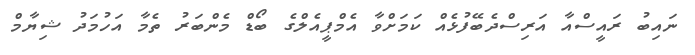
ނައިބު ރައީސްއާ އަރިސްދެބޭފުޅެއް ކަމަށްވާ އެމްޕީއެލްގެ ބޯޑް މެންބަރު ތެމާ އަހުމަދު ޝިޔާމް